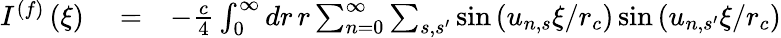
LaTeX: \begin{array}{rlr}{I^{(f)}\left(\xi\right)}&{{}=}&{-\frac{c}{4}\int_{0}^{\infty}dr\, r\sum_{n=0}^{\infty}\sum_{s,s^{\prime}}\sin\left(u_{n,s}\xi/r_{c}\right)\sin\left(u_{n,s^{\prime}}\xi/r_{c}\right)}\end{array}